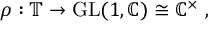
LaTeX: \rho : \mathbb { T } \to { \mathrm { G L } } ( 1 , \mathbb { C } ) \cong \mathbb { C } ^ { \times } ~ ,